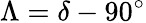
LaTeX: \Lambda=\delta-90^{\circ}